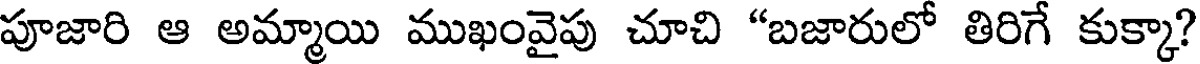
పూజారి ఆ అమ్మాయి ముఖంవైపు చూచి "బజారులో తిరిగే కుక్కా?